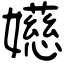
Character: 嬨